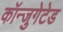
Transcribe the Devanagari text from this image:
कॉन्जुगेटेड